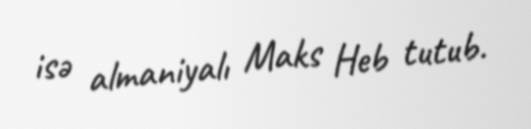
isə almaniyalı Maks Heb tutub.